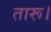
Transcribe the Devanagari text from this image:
तारू।